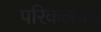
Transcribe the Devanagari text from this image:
परिकलक।